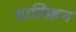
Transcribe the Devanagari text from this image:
डाल्फ़िन